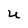
Character: U